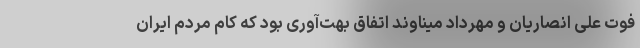
فوت علی انصاریان و مهرداد میناوند اتفاق بهت‌آوری بود که کام مردم ایران